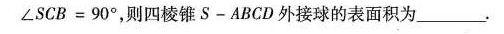
∠ S C B = 9 0 °$$，则四棱锥S-ABCD外接球的表面积为___.